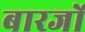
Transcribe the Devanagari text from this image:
बारजों